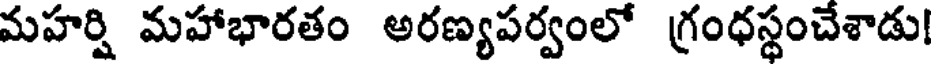
మహర్షి మహాభారతం అరణ్యపర్వంలో గ్రంధస్థంచేశాడు!